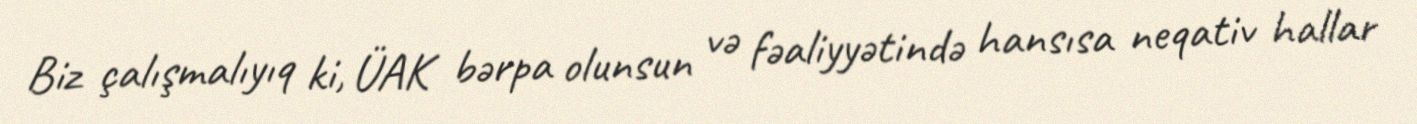
Biz çalışmalıyıq ki, ÜAK bərpa olunsun və fəaliyyətində hansısa neqativ hallar